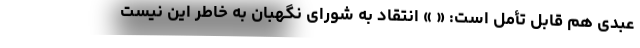
عبدی هم قابل تأمل است: « » انتقاد به شورای نگهبان به خاطر این نیست